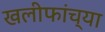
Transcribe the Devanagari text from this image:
खलीफांच्या